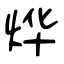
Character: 烨